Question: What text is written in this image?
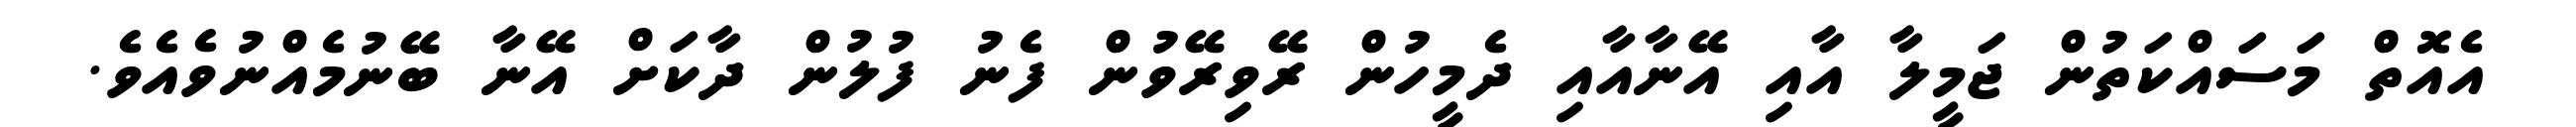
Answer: އެއޮތް މަސައްކަތުން ޖަމީލާ އާއި އޭނާއާއި ދެމީހުން ރޭވިރޭވުން ފެނު ފުލުން ދާކަށް އޭނާ ބޭނުމެއްނުވެއެވެ.